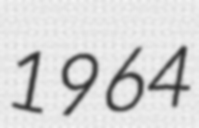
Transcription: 1964